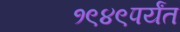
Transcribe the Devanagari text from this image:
१९४९पर्यंत